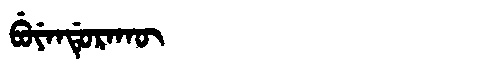
Manchu: ᠪᡠᠶᡝᠨᡩᡠᡵᠠᡴᡡ
Romanization: BUYENDURAKŪ